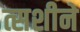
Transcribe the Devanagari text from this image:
त्सशीने